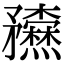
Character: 𥎢